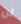
لن